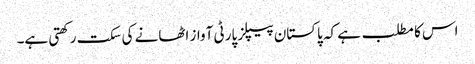
اس کا مطلب ہے کہ پاکستان پیپلز پارٹی آواز اٹھانے کی سکت رکھتی ہے۔